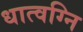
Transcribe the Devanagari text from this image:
धात्वग्नि